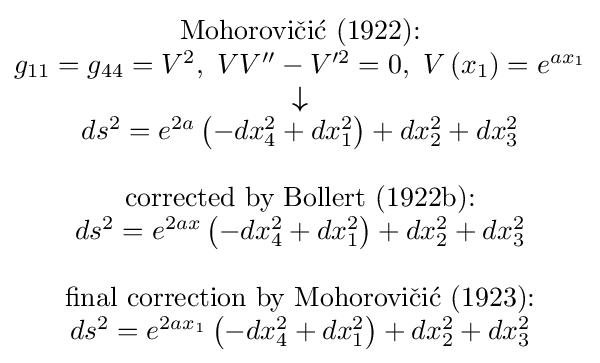
{\scriptstyle {\begin{matrix}{\text{Mohorovičić (1922):}}\\g_{11}=g_{44}=V^{2},\ VV''-V'^{2}=0,\ V\left(x_{1}\right)=e^{ax_{1}}\\{\boldsymbol {\downarrow }}\\ds^{2}=e^{2a}\left(-dx_{4}^{2}+dx_{1}^{2}\right)+dx_{2}^{2}+dx_{3}^{2}\\\\{\text{corrected by Bollert (1922b):}}\\ds^{2}=e^{2ax}\left(-dx_{4}^{2}+dx_{1}^{2}\right)+dx_{2}^{2}+dx_{3}^{2}\\\\{\text{final correction by Mohorovičić (1923):}}\\ds^{2}=e^{2ax_{1}}\left(-dx_{4}^{2}+dx_{1}^{2}\right)+dx_{2}^{2}+dx_{3}^{2}\end{matrix}}}